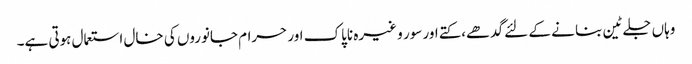
وہاں جلے ٹین بنا نے کے لئے گدھے،کتے اور سور و غیرہ ناپاک اور حرام جانوروں کی خال استعمال ہوتی ہے۔